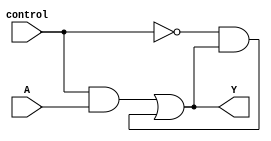
module pass_gate(input A, input control, output Y);

assign Y = (control & A) | (~control & Y);

endmodule